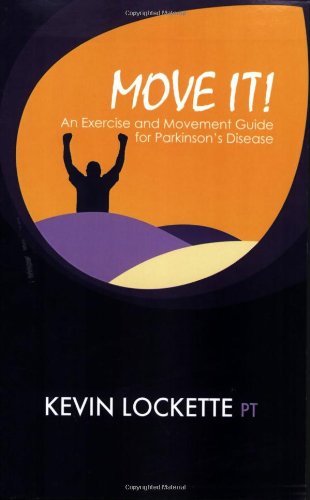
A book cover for Move It! An Exercise and Movement Guide for Parkinson's Disease; Kevin Lockette; Health, Fitness & Dieting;